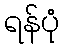
ရန်ပုံ